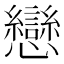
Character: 戀